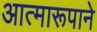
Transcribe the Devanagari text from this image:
आत्मारूपाने